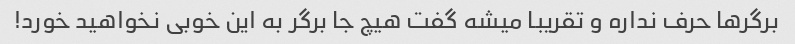
برگرها حرف نداره و تقریبا میشه گفت هیچ جا برگر به این خوبی نخواهید خورد!